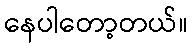
နေပါတော့တယ်။